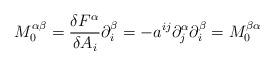
LaTeX: \begin{align*}M^{\alpha \beta }_{0}=\frac{\delta F^{\alpha }}{\delta A_{i}}\partial _{i}^{\beta }=-a^{ij}\partial _{j}^{\alpha }\partial _{i}^{\beta }=M^{\beta \alpha }_{0}\end{align*}